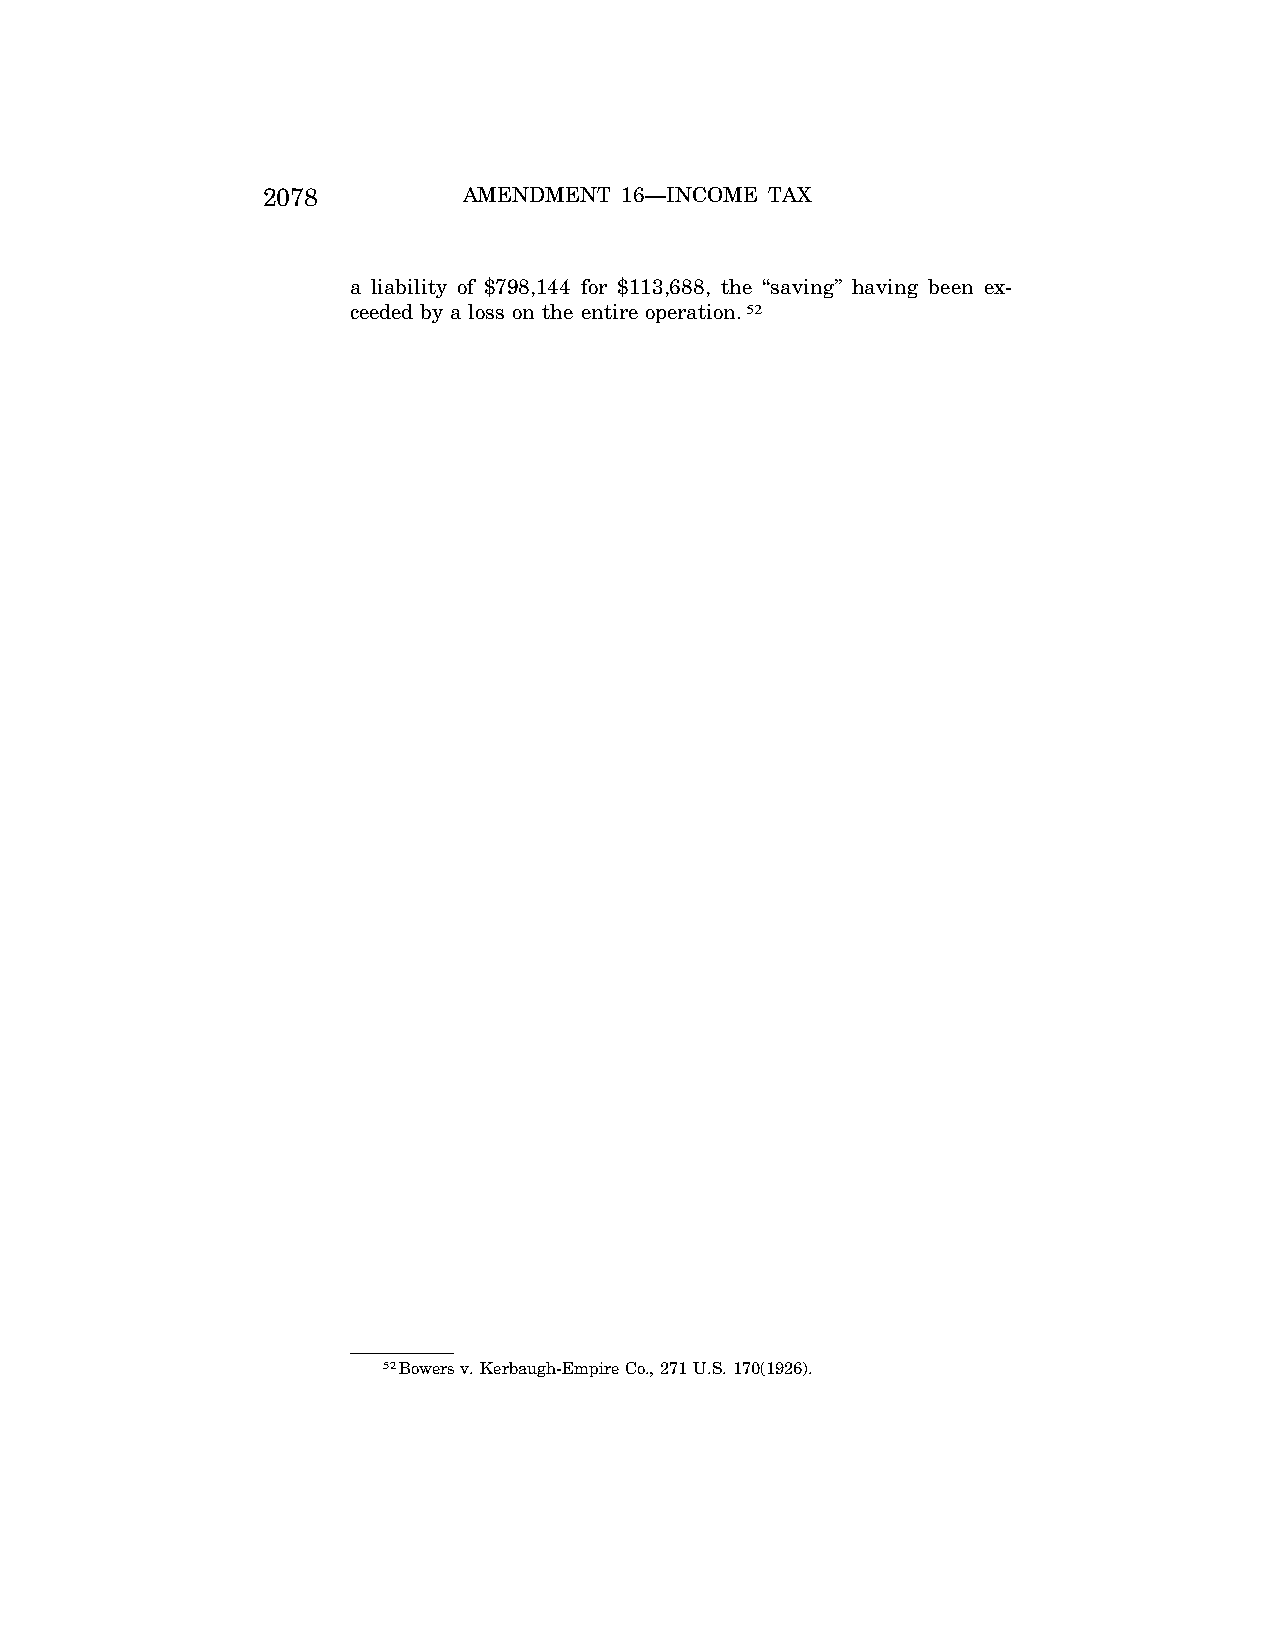
2078          AMENDMENT 16—INCOME TAX
 a liability of $798,144 for $113,688, the ‘‘saving’’ having been ex-
 ceeded by a loss on the entire operation.52
 52Bowers v. Kerbaugh-Empire Co., 271 U.S. 170(1926).
 VerDate Apr<15>2004 11:21 Jun 28, 2004 Jkt 077500 PO 00000 Frm 00012 Fmt 8222 Sfmt 8222 C:\CONAN\CON050.SGM PRFM99 PsN: CON050